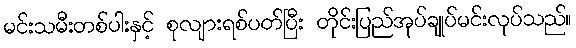
မင်းသမီးတစ်ပါးနှင့် စုလျားရစ်ပတ်ပြီး တိုင်းပြည်အုပ်ချုပ်မင်းလုပ်သည်။